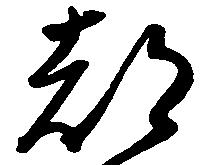
都